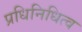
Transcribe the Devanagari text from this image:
प्रधिनिधित्व